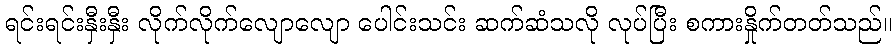
ရင်းရင်းနှီးနှီး လိုက်လိုက်လျောလျော ပေါင်းသင်း ဆက်ဆံသလို လုပ်ပြီး စကားနှိုက်တတ်သည်။